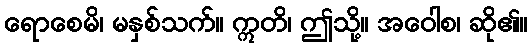
ရောစေမိ၊ မနှစ်သက်။ ဣတိ၊ ဤသို့။ အဝေါစ၊ ဆို၏။